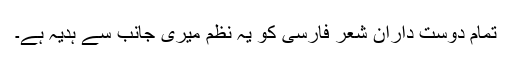
تمام دوست دارانِ شعرِ فارسی کو یہ نظم میری جانب سے ہدیہ ہے۔